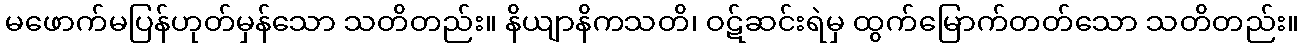
မဖောက်မပြန်ဟုတ်မှန်သော သတိတည်း။ နိယျာနိကသတိ၊ ဝဋ်ဆင်းရဲမှ ထွက်မြောက်တတ်သော သတိတည်း။